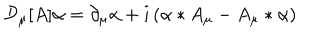
{ \cal D } _ { \mu } [ A ] \alpha = \partial _ { \mu } \alpha + i \left( \alpha * A _ { \mu } - A _ { \mu } * \alpha \right)